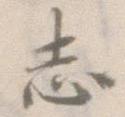
志